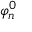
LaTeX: \varphi _ { n } ^ { 0 }